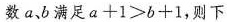
数a、b满足$$a + 1 ≥ b + 1$$，则下